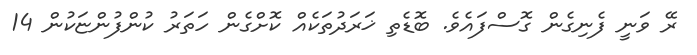
ރޭ ވަނީ ފެނިގެން ގޮސްފައެވެ. ބޮޑެތި ޚަރަދުތަކެއް ކޮށްގެން ހަތަރު ކުންފުންޏަކުން 14